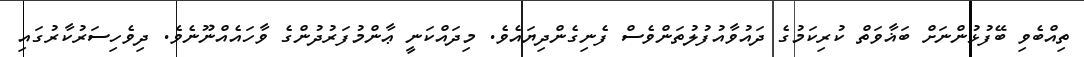
ތިއްބެވި ބޭފުޅުންނަށް ބަޣާވަތް ކުރިކަމުގެ ދައުވާއުފުލުތަންވެސް ފެނިގެންދިޔައެވެ. މިދައްކަނީ ޢާންމުފަރުދުންގެ ވާހައެއްނޫނެވެ. ދިވެހިސަރުކާރުގައި